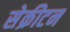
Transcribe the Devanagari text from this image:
सेक्रीटन